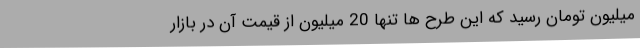
میلیون تومان رسید که این طرح ها تنها 20 میلیون از قیمت آن در بازار